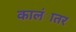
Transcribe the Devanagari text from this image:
कालंातर